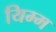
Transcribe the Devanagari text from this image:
यिम्म